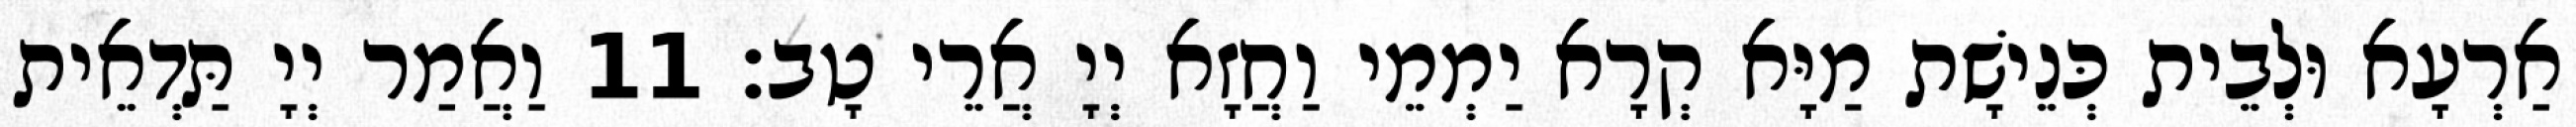
אַרְעָא וּלְבֵית כְּנֵישָׁת מַיָּא קְרָא יַמְמֵי וַחֲזָא יְיָ אֲרֵי טָב׃ 11 וַאֲמַר יְיָ תַּדְאֵית